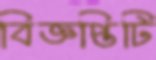
বিজ্ঞপ্তিটি